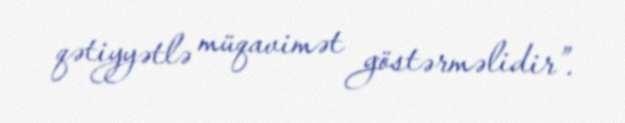
qətiyyətlə müqavimət göstərməlidir”.